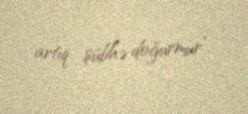
artıq şübhə doğurmur”.